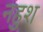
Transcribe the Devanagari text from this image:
नहुश